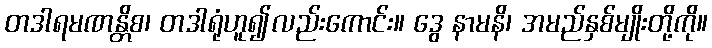
တဒါရမဏန္တိစ၊ တဒါရုံဟူ၍လည်းကောင်း။ ဒွေ နာမနိ၊ အမည်နှစ်မျိုးတို့ကို။